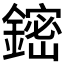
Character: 𲇟